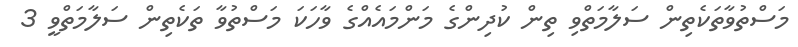
މަސްތުވާތަކެތިން ސަލާމަތްވި ތިން ކުދިންގެ މަންމައެއްގެ ވާހަކަ މަސްތުވާ ތަކެތިން ސަލާމަތްވީ 3